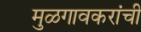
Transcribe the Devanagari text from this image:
मुळगावकरांची